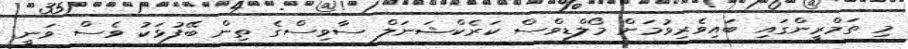
މި ތަމްރީންގައި ބައިވެރިވުމަށް މޯލްޑިވްސް ކަރެކްޝަނަލް ސާވިސްގެ ތިން ބޭފުޅަކު ވެސް ވަނީ